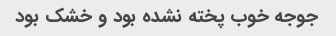
جوجه خوب پخته نشده بود و خشک بود